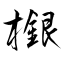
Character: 檭